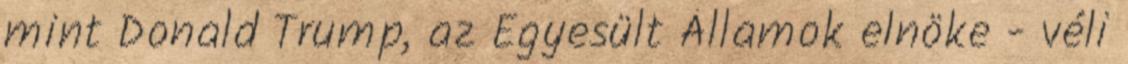
mint Donald Trump, az Egyesült Államok elnöke - véli